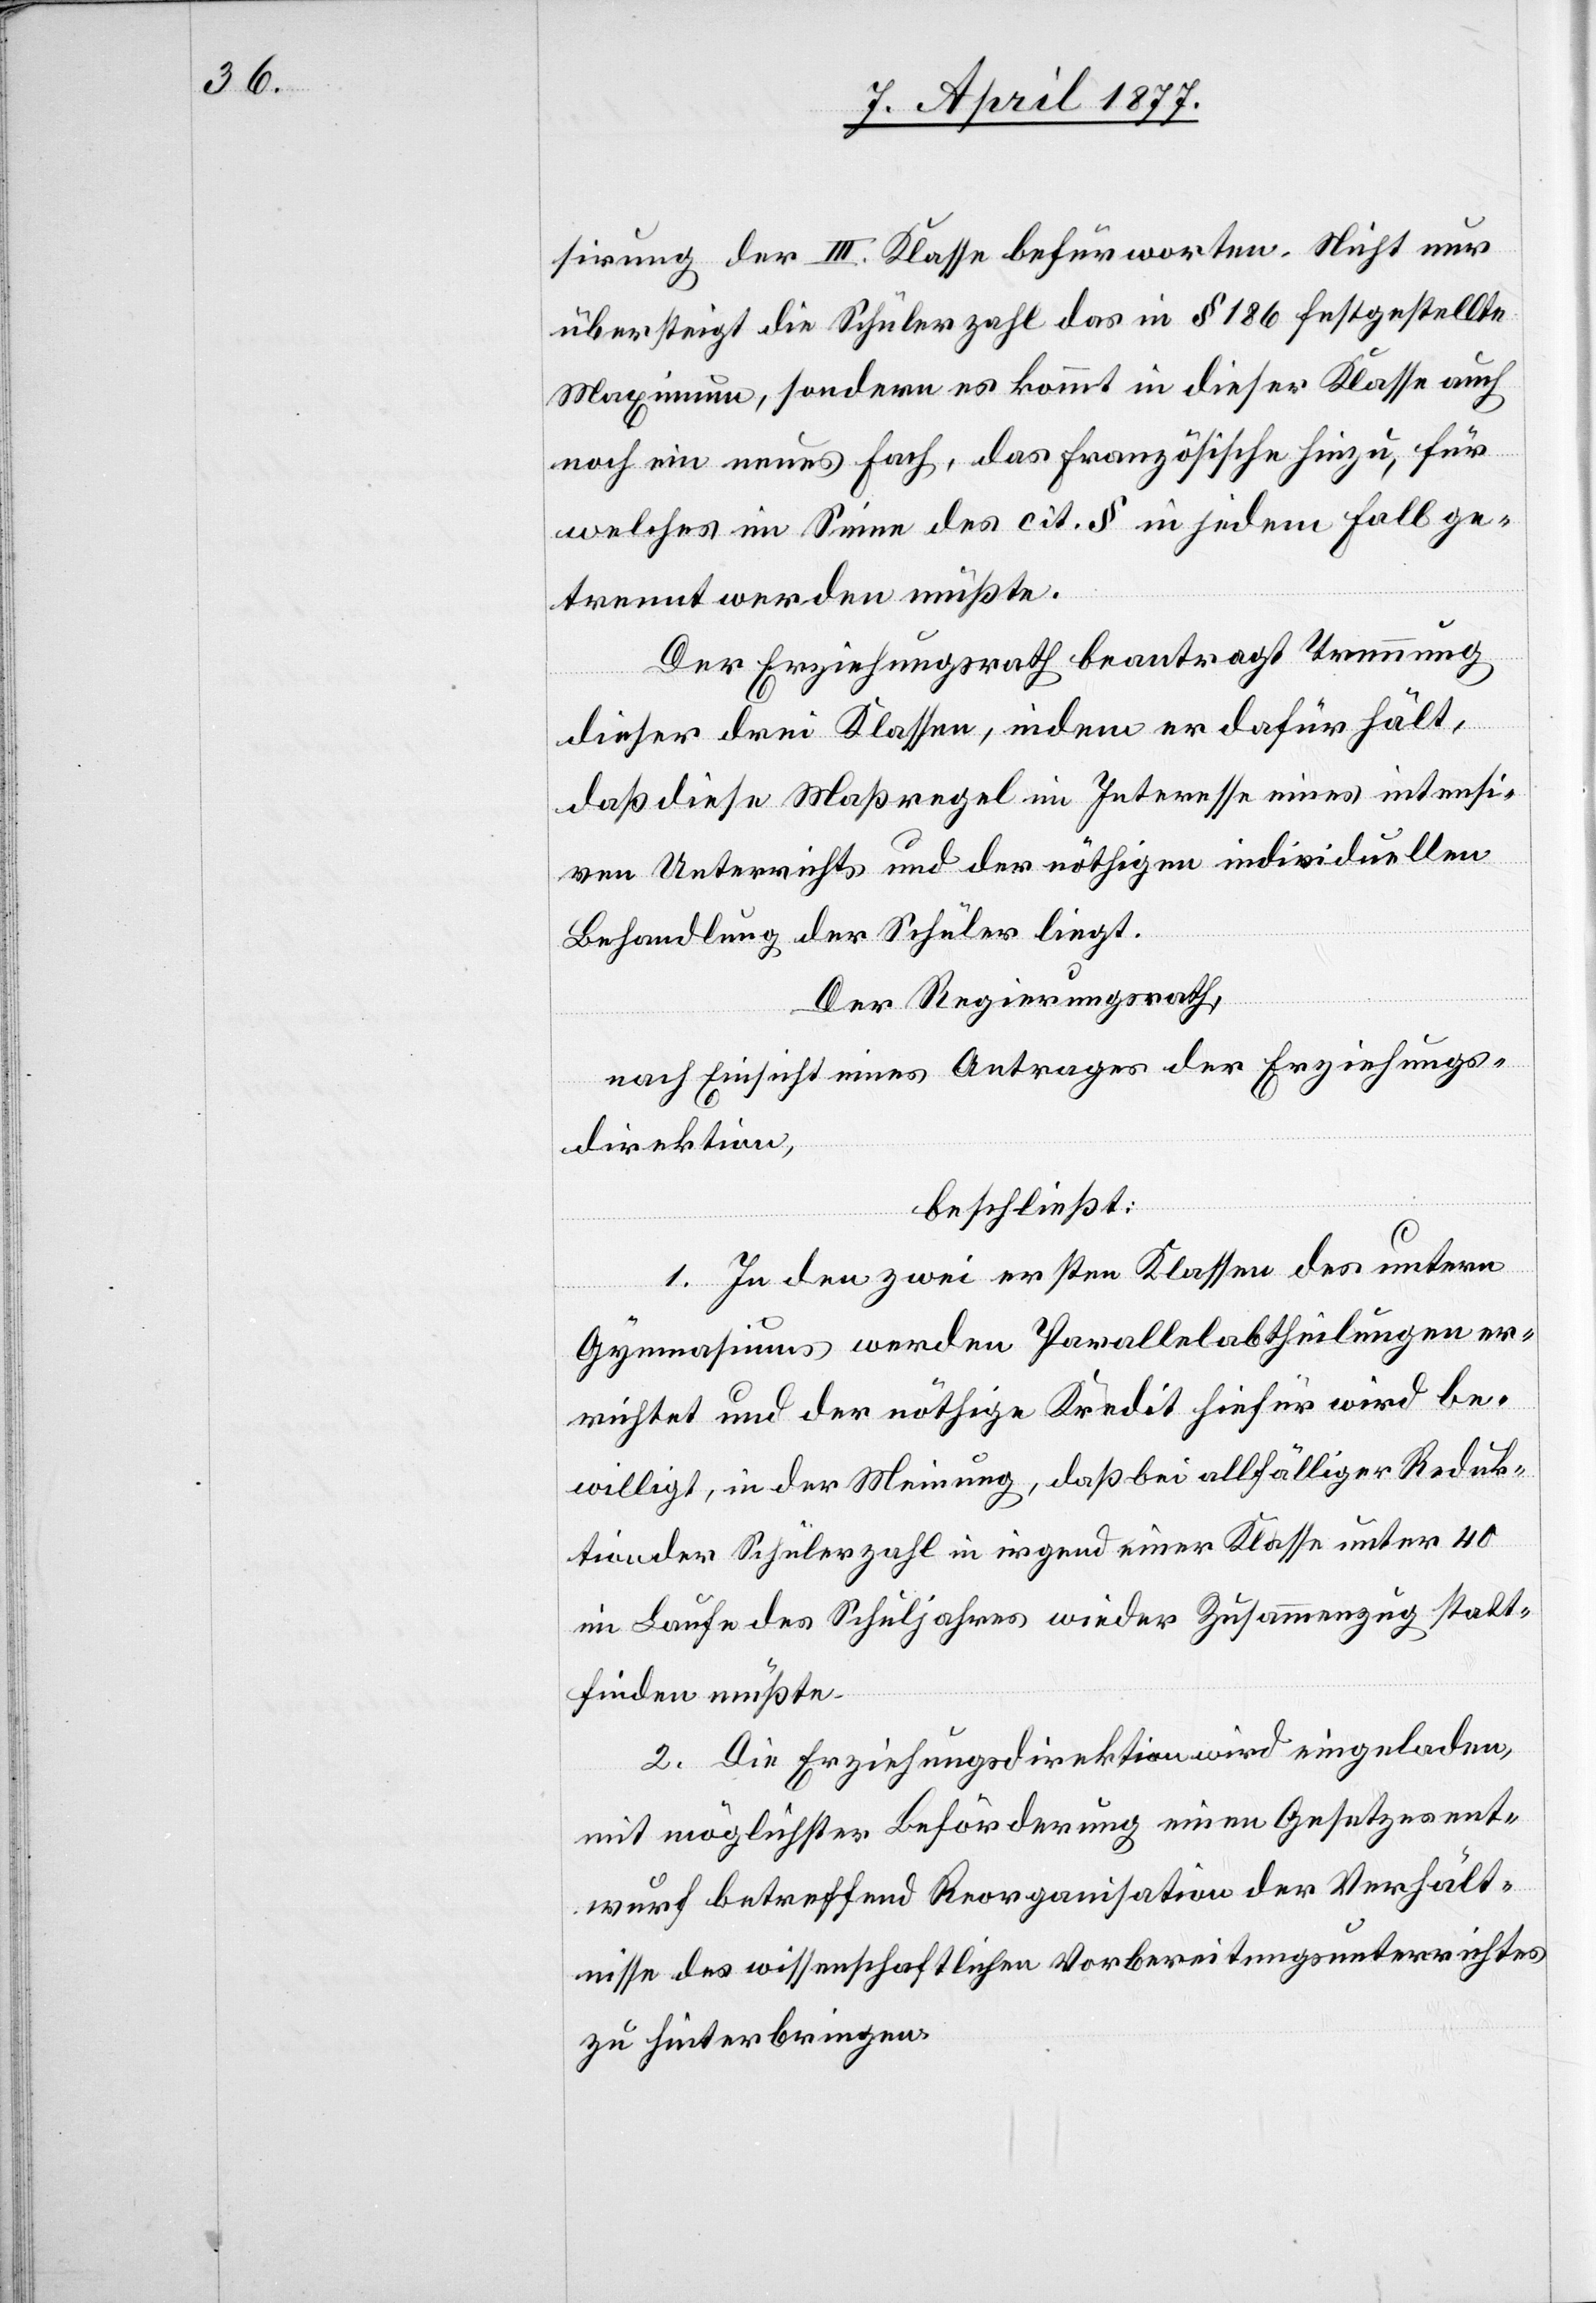
sirung der III. Klasse befürworten. Nicht nur
übersteigt die Schülerzahl das in § 186 festgestellte
Maximum, sondern es kommt in dieser Klasse auch
noch ein neues Fach, das Französische hinzu, für
welches im Sinne des cit. § in jedem Fall ge¬
trennt werden müßte.
Der Erziehungsrath beantragt Trennung
dieser drei Klassen, indem er dafür hält,
daß diese Maßregel im Interesse eines intensi¬
ven Unterrichts und der nöthigen individuellen
Behandlung der Schüler liegt.
Der Regierungsrath,
nach Einsicht eines Antrages der Erziehungs¬
direktion,
beschließt:
1. In den zwei ersten Klassen des untern
Gymnasiums werden Parallelabtheilungen er¬
richtet und der nöthige Kredit hiefür wird be¬
willigt, in der Meinung, daß bei allfälliger Reduk¬
tion der Schülerzahl in irgend einer Klasse unter 40
im Laufe des Schuljahres wieder Zusammenzug statt¬
finden müßte.
2. Die Erziehungsdirektion wird eingeladen,
mit möglichster Beförderung einen Gesetzesent¬
wurf betreffend Reorganisation der Verhält¬
nisse des wissenschaftlichen Vorbereitungsunterrichtes
zu hinterbringen.